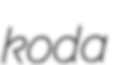
koda